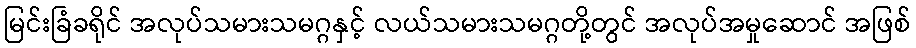
မြင်းခြံခရိုင် အလုပ်သမားသမဂ္ဂနှင့် လယ်သမားသမဂ္ဂတို့တွင် အလုပ်အမှုဆောင် အဖြစ်